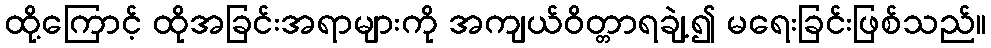
ထို့ကြောင့် ထိုအခြင်းအရာများကို အကျယ်ဝိတ္တာရချဲ့၍ မရေးခြင်းဖြစ်သည်။